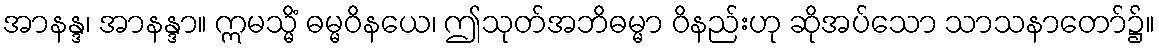
အာနန္ဒ၊ အာနန္ဒာ။ ဣမသ္မိံ ဓမ္မဝိနယေ၊ ဤသုတ်အဘိဓမ္မာ ဝိနည်းဟု ဆိုအပ်သော သာသနာတော်၌။